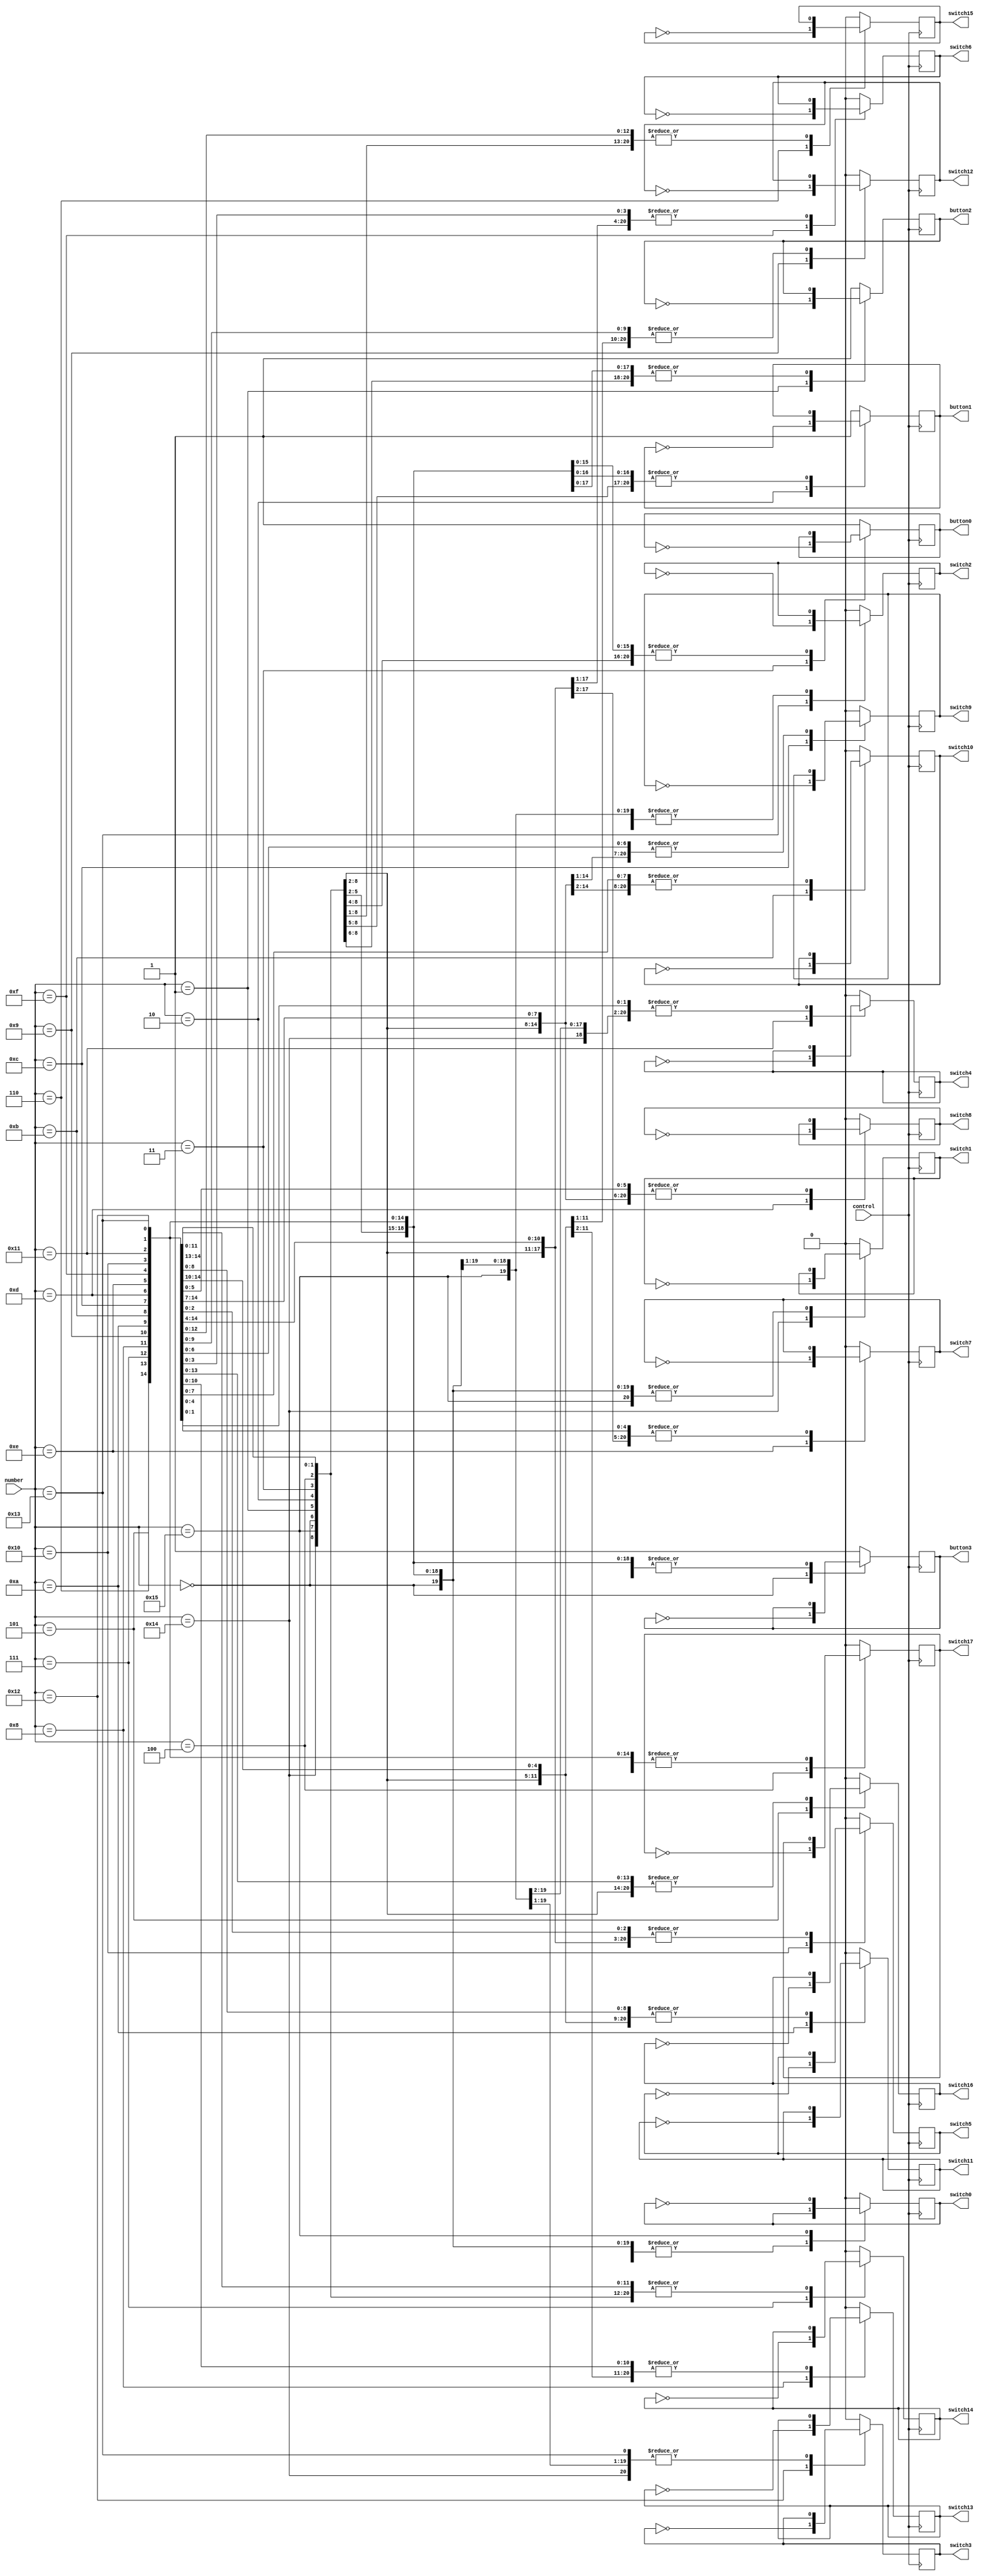
module virtual_input (number, control, button3, button2, button1, button0, switch17,
	switch16, switch15, switch14, switch13, switch12, switch11, switch10,
	switch9, switch8, switch7, switch6, switch5, switch4, switch3, switch2,
	switch1, switch0);

	input [4:0]number;
	input control;

	output reg button3, button2, button1, button0;
	output reg switch17, switch16, switch15, switch14, switch13, switch12, 
	switch11, switch10, switch9, switch8, switch7, switch6, switch5,
	switch4, switch3, switch2, switch1, switch0;

	always @(posedge control)
	begin
		button3  <= button3 ;
		button2  <= button2 ;
		button1  <= button1 ;
		button0  <= button0 ;
		switch17 <= switch17;
		switch16 <= switch16;
		switch15 <= switch15;
		switch14 <= switch14;
		switch13 <= switch13;
		switch12 <= switch12;
		switch11 <= switch11;
		switch10 <= switch10;
		switch9  <= switch9 ;
		switch8  <= switch8 ;
		switch7  <= switch7 ;
		switch6  <= switch6 ;
		switch5  <= switch5 ;
		switch4  <= switch4 ;
		switch3  <= switch3 ;
		switch2  <= switch2 ;
		switch1  <= switch1 ;
		switch0  <= switch0 ;
		case(number)
			5'b00000:	button3  <= ~button3 ;
			5'b00001: 	button2  <= ~button2 ;
			5'b00010: 	button1  <= ~button1 ;
			5'b00011:	button0  <= ~button0 ;
			5'b00100:	switch17 <= ~switch17;
			5'b00101:	switch16 <= ~switch16;
			5'b00110:	switch15 <= ~switch15;
			5'b00111:	switch14 <= ~switch14;
			5'b01000:	switch13 <= ~switch13;
			5'b01001:	switch12 <= ~switch12;
			5'b01010:	switch11 <= ~switch11;
			5'b01011:	switch10 <= ~switch10;
			5'b01100:	switch9  <= ~switch9 ;
			5'b01101:	switch8  <= ~switch8 ;
			5'b01110:	switch7  <= ~switch7 ;
			5'b01111:	switch6  <= ~switch6 ;
			5'b10000:	switch5  <= ~switch5 ;
			5'b10001:	switch4  <= ~switch4 ;
			5'b10010:	switch3  <= ~switch3 ;
			5'b10011:	switch2  <= ~switch2 ;
			5'b10100:	switch1  <= ~switch1 ;
			5'b10101:	switch0  <= ~switch0 ;
			default:
			begin
				button3 <= 1;
				button2 <= 1;
				button1 <= 1;
				button0 <= 1;
				switch17 <= 0;
				switch16 <= 0;
				switch15 <= 0;
				switch14 <= 0;
				switch13 <= 0;
				switch12 <= 0;
				switch11 <= 0;
				switch10 <= 0;
				switch9 <= 0;
				switch8 <= 0;
				switch7 <= 0;
				switch6 <= 0;
				switch5 <= 0;
				switch4 <= 0;
				switch3 <= 0;
				switch2 <= 0;
				switch1 <= 0;
				switch0 <= 0;
			end
		endcase
	end
endmodule